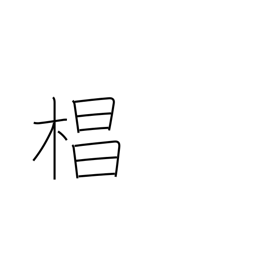
Meaning: Japanese cedar